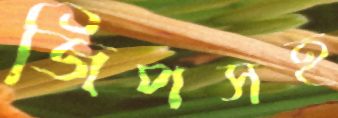
জিপসহ